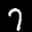
Digit: 7